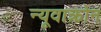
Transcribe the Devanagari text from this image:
न्यूवाक्रोन